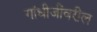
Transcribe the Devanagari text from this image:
गांधीजींवरील